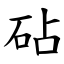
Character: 砧